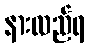
နားလည်ရ